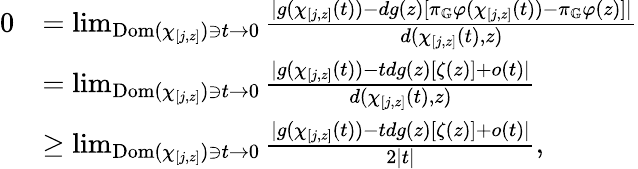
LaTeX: \begin{array}{rl}{0}&{=\operatorname*{lim}_{\mathrm{Dom}(\chi_{[j,z]})\ni t\to 0}\frac{\lvert g(\chi_{[j,z]}(t))-dg(z)[\pi_{\mathbb G}\varphi(\chi_{[j,z]}(t))-\pi_{\mathbb G}\varphi(z)]\rvert}{d(\chi_{[j,z]}(t),z)}}\\ &{=\operatorname*{lim}_{\mathrm{Dom}(\chi_{[j,z]})\ni t\to 0}\frac{\lvert g(\chi_{[j,z]}(t))-tdg(z)[\zeta(z)]+o(t)\rvert}{d(\chi_{[j,z]}(t),z)}}\\ &{\geq\operatorname*{lim}_{\mathrm{Dom}(\chi_{[j,z]})\ni t\to 0}\frac{\lvert g(\chi_{[j,z]}(t))-tdg(z)[\zeta(z)]+o(t)\rvert}{2\lvert t\rvert},}\end{array}